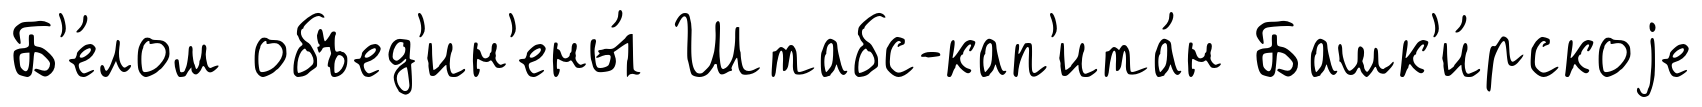
Б'е́лом объед'ин'ены́ Штабс-кап'ита́н Башк'и́рскоjе